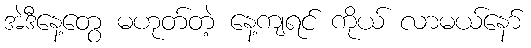
အဲဒီနေ့တွေ မဟုတ်တဲ့ နေ့ကျရင် ကိုယ် လာမယ်နော်